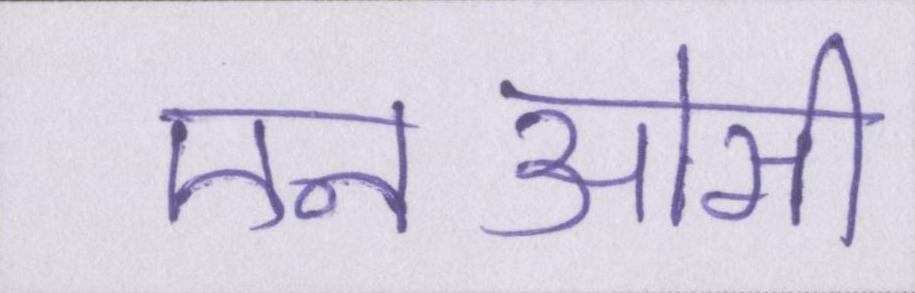
एनओसी